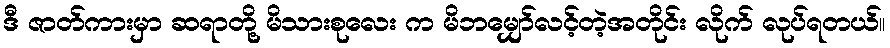
ဒီ ဇာတ်ကားမှာ ဆရာတို့ မိသားစုလေး က မိဘမျှော်လင့်တဲ့အတိုင်း လိုက် လုပ်ရတယ်။